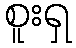
စူးရှ